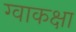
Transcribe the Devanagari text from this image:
ग्वाकक्षा